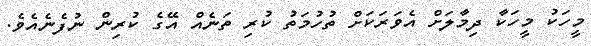
މީހަކު މީހަކާ ދިމާލަށް އެވަރަކަށް ތުހުމަތު ކުރި ތަނެއް އޭގެ ކުރިން ނުފެނެއެވެ.